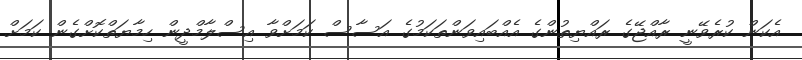
އެކަން ކުރެވޭނީ ރާއްޖޭގެ ރައްޔިތުންގެ އެއްބައިވަންތަކަމުގެ އަސާސް ކަމަށްވާ އިސްލާމްދީން ހިމާޔަތްކޮށްގެން ކަމަށް